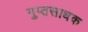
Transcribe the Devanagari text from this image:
गुप्तसाधक